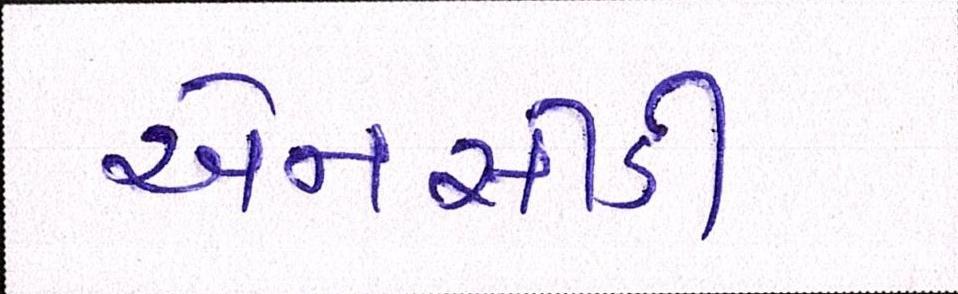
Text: એનસીડી